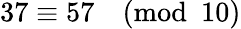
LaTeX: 37\equiv 57{\pmod{10}}